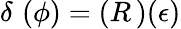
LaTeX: \delta\, \, (\phi)=(R\, )(\epsilon)